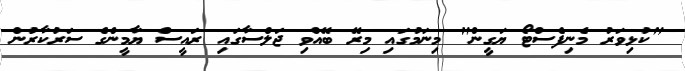
"ކުޅިވަރު މެނިފެސްޓޯ ޔަގީން" މިނަމުގައި މިރޭ ބޭއްވި ޖަލްސާގައި ރައީސް ޔާމީންގެ ސަރުކާރުން